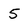
Character: 5